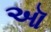
ઑ